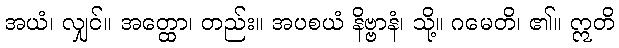
အယံ၊ လျှင်။ အတ္ထော၊ တည်း။ အပစယံ နိဗ္ဗာနံ၊ သို့။ ဂမေတိ၊ ၏။ ဣတိ